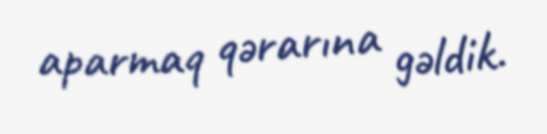
aparmaq qərarına gəldik.